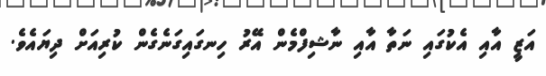
އަޒީ އާއި އެކުގައި ނަތާ އާއި ނާޝިފްމެން އޭރު ހިނގައިގަނެގެން ކުރިއަށް ދިޔައެވެ.